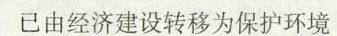
已由经济建设转移为保护环境